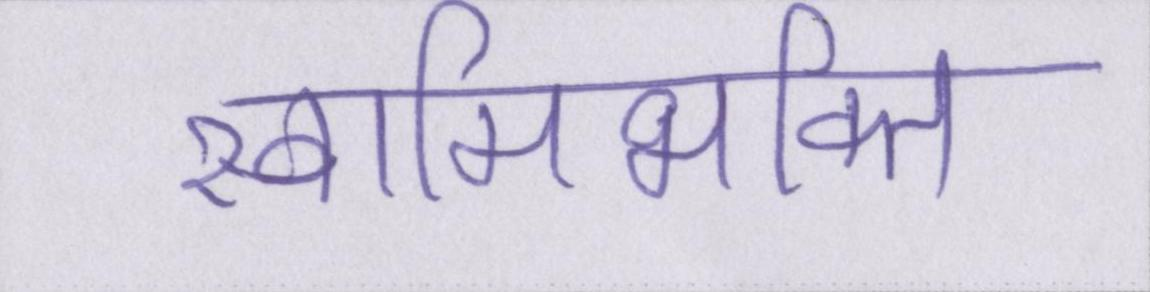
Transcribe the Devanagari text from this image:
स्वामिभक्ति